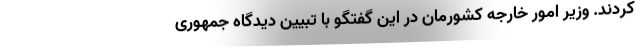
کردند. وزیر امور خارجه کشورمان در این گفتگو با تبیین دیدگاه جمهوری